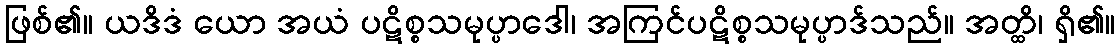
ဖြစ်၏။ ယဒိဒံ ယော အယံ ပဋိစ္စသမုပ္ပာဒေါ၊ အကြင်ပဋိစ္စသမုပ္ပာဒ်သည်။ အတ္ထိ၊ ရှိ၏။